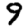
Digit: 9